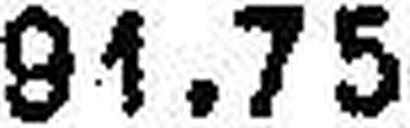
91.75